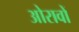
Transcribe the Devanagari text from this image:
ओरावों